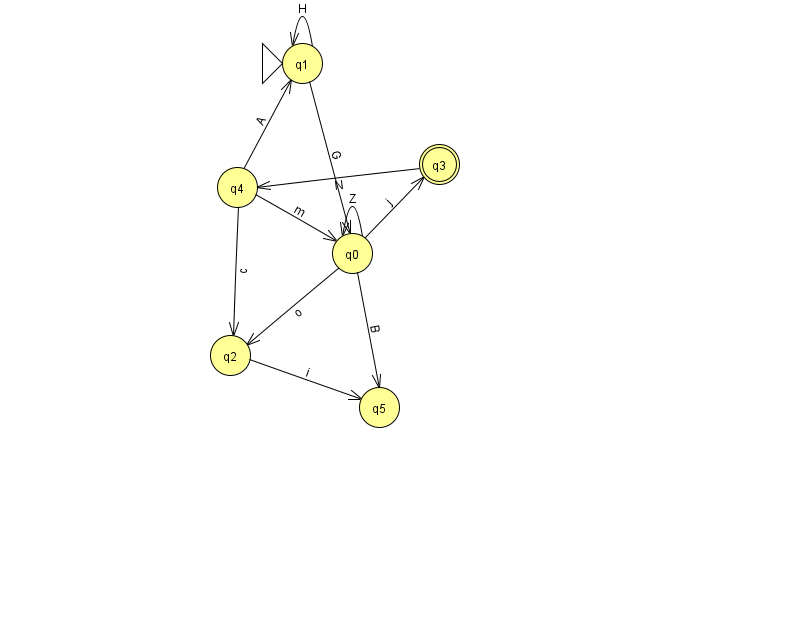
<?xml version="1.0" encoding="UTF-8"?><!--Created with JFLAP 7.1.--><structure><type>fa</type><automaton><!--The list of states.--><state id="0" name="q0"><x>352.0</x><y>240.0</y></state><state id="1" name="q1"><x>302.0</x><y>50.0</y><initial/></state><state id="2" name="q2"><x>230.0</x><y>342.0</y></state><state id="3" name="q3"><x>439.0</x><y>151.0</y><final/></state><state id="4" name="q4"><x>237.0</x><y>174.0</y></state><state id="5" name="q5"><x>379.0</x><y>394.0</y></state><!--The list of transitions.--><transition><from>0</from><to>5</to><read>B</read></transition><transition><from>2</from><to>5</to><read>i</read></transition><transition><from>0</from><to>2</to><read>o</read></transition><transition><from>1</from><to>1</to><read>H</read></transition><transition><from>0</from><to>3</to><read>j</read></transition><transition><from>4</from><to>1</to><read>A</read></transition><transition><from>0</from><to>0</to><read>Z</read></transition><transition><from>4</from><to>2</to><read>c</read></transition><transition><from>1</from><to>0</to><read>G</read></transition><transition><from>3</from><to>4</to><read>N</read></transition><transition><from>4</from><to>0</to><read>m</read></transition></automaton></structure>